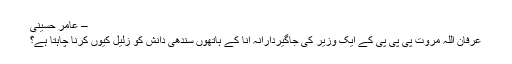
– عامر حسینی
عرفان اللہ مروت پی پی پی کے ایک وزیر کی جاگیردارانہ انا کے ہاتھوں سندھی دانش کو زلیل کیوں کرنا چاہتا ہے؟